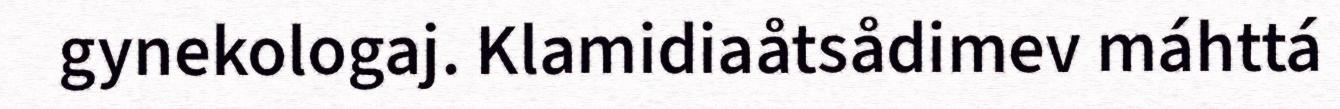
gynekologaj. Klamidiaåtsådimev máhttá